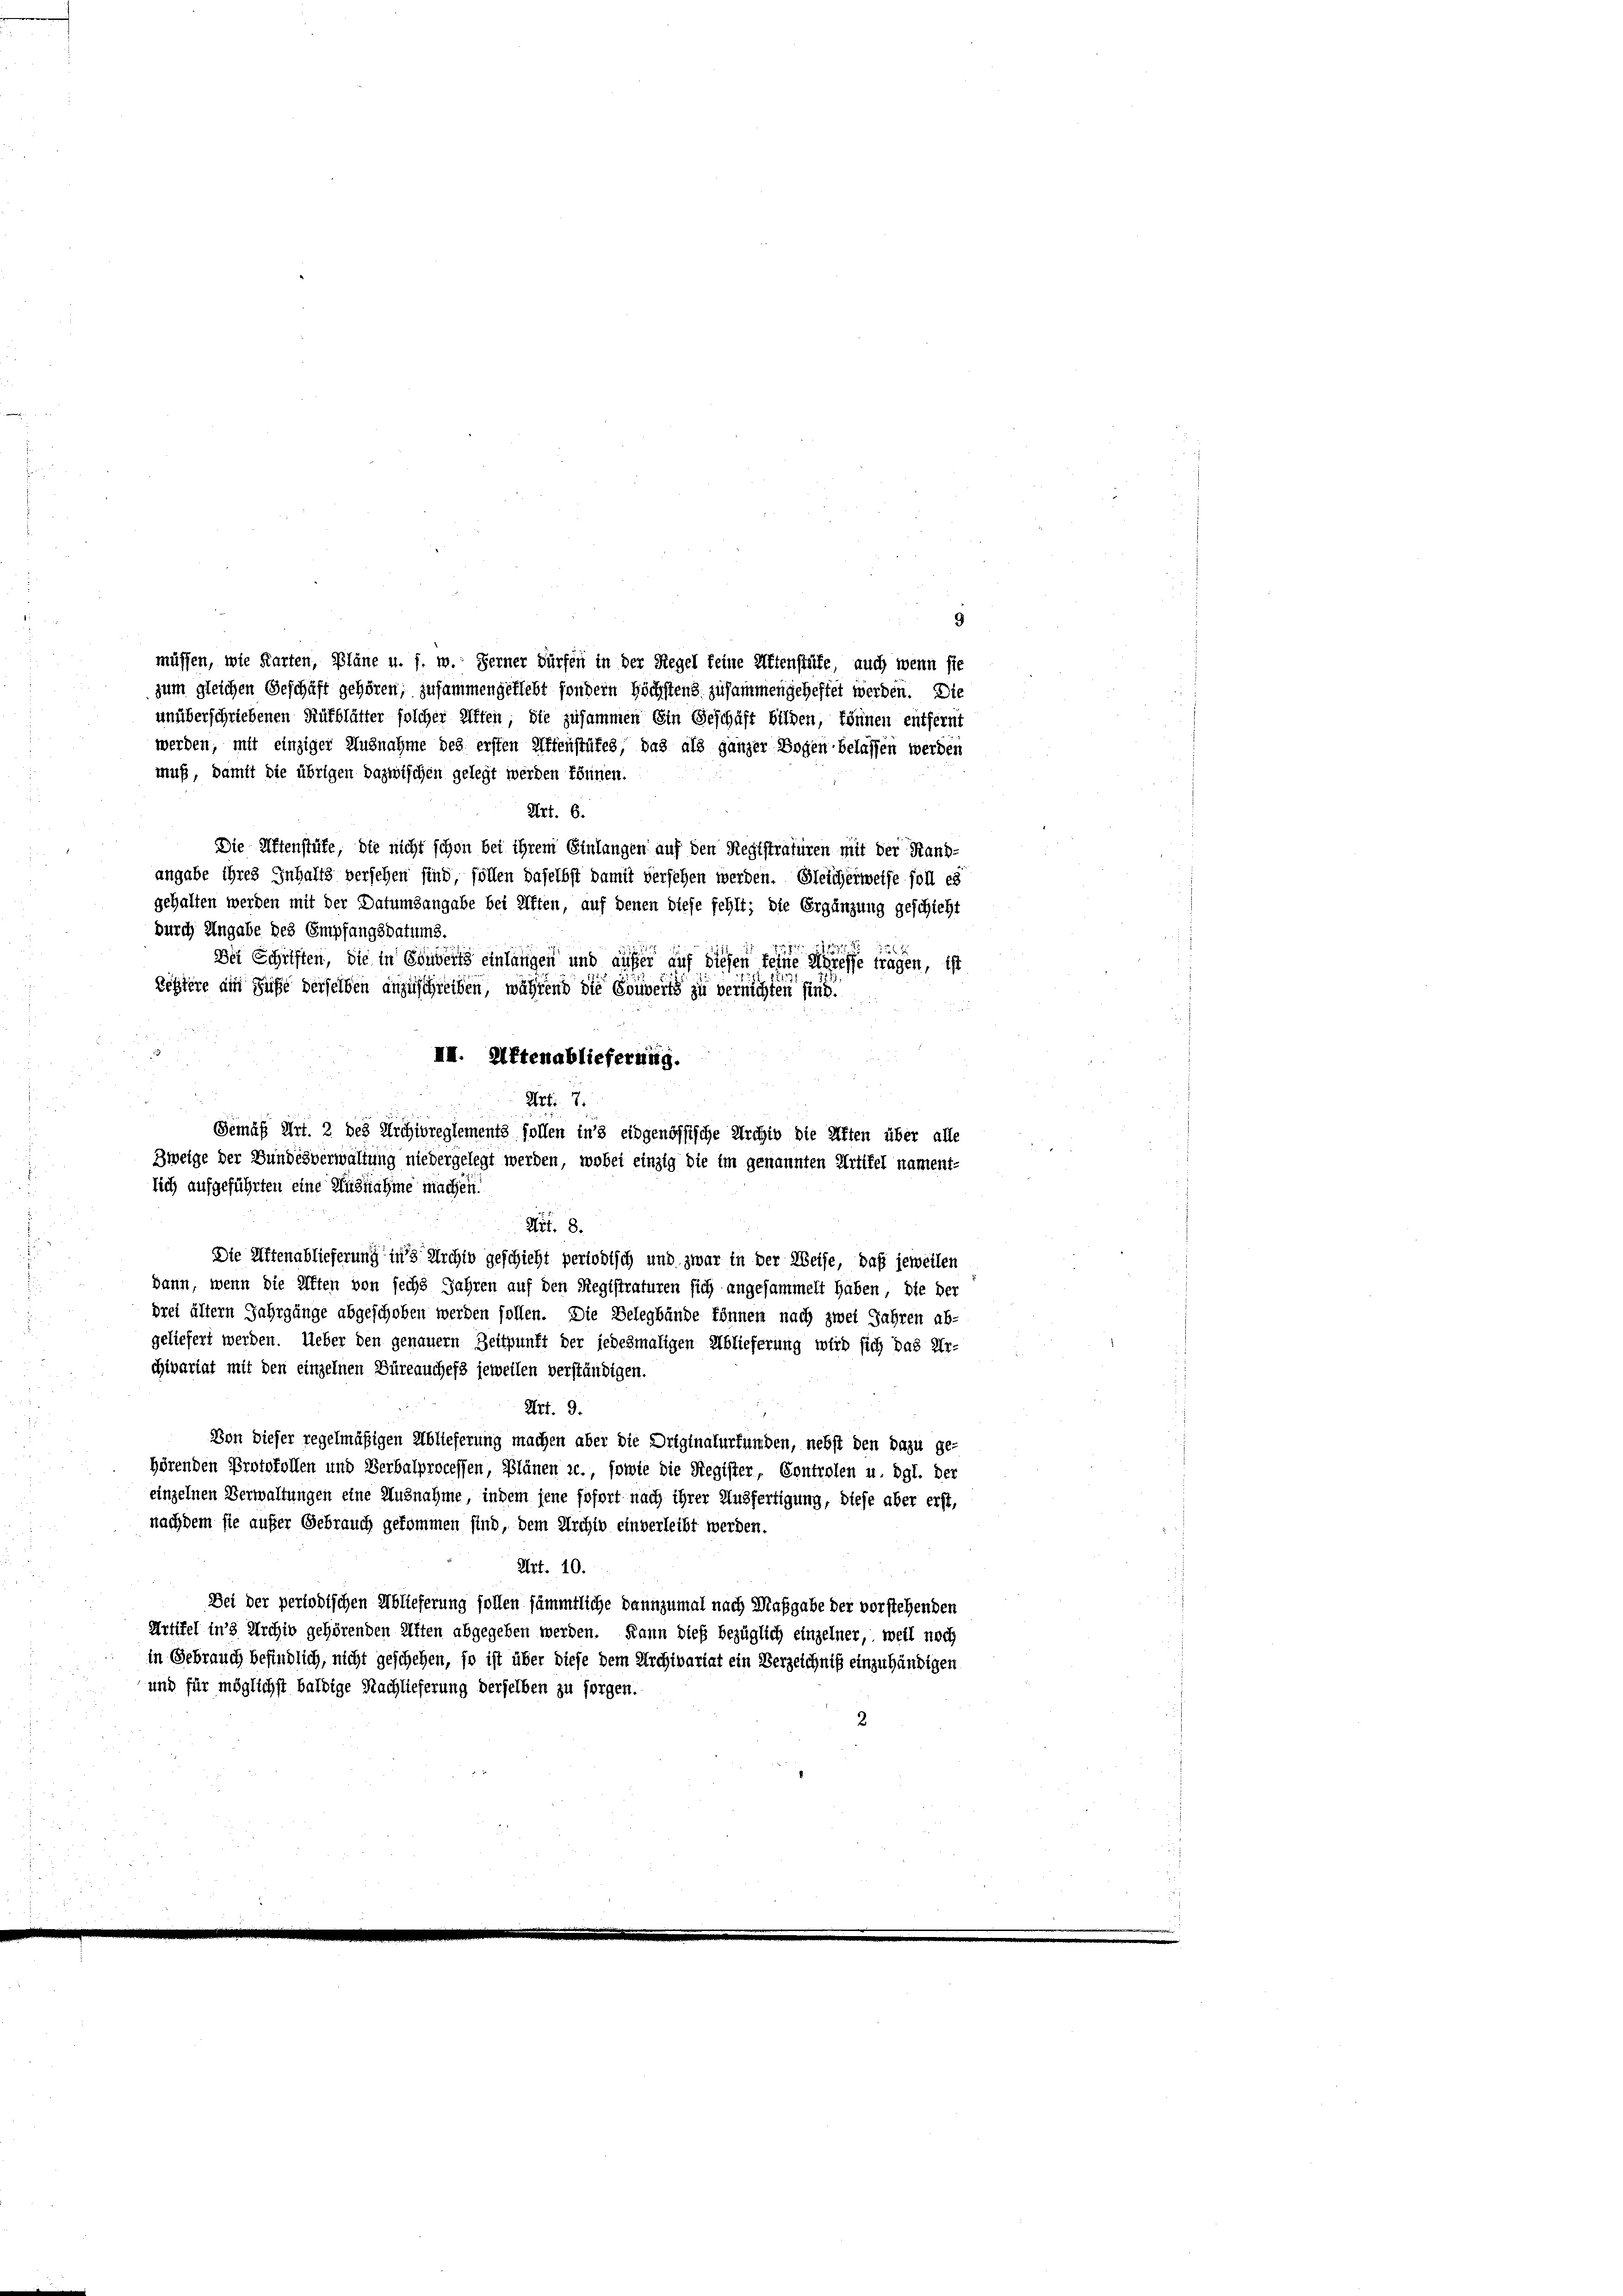
lich aufgeführten eine Ausnahme machen.

müssen, wie Karten, Pläne u. s. w. Ferner Dürfen in der Regel feine Affenstüte, auch wenn sie
zum gleichen Geschäft gehören; zusammengeflebt sondern Höchstens zusammengeheftet werden. Die
unüberschriebenen Rüfblätter solcher Affen, die zusammen Ein Geschäft bilden, können entfernt
werden, mit einziger Ausnahme des ersten Affenstükes, das als ganzer Bogen belassen werden
muß, damit die übrigen Dazwischen gelegt werden können.
Art. 6.
Die Affenstüte, die nicht schon bei ihrem Einlangen auf den Registraturen mit der Hand-
angabe ihres Inhalts versehen sind, sollen daselbst damit versehen werden. Gleicherweise soll es
gehalten werden mit der Datumsangabe bei Aften, auf denen diese fehlt; die Ergänzung geschieht
durch Angabe des Empfangsdatums.
6
Dei Schriften, die in Einwert einlangen und aufer auf diesen keine Adresse tragen, ist
Leztere ain Hufe derselben anzuschreiben, während die Souverts zu vernichten sind.
III. Altenablieferung.
Art. 7.
Gemäß Art. 2 des Archivreglements sollen in’s eidgenössische Archiv die Alten über alle
Zweige der Bundesverwaltung niedergelegt werden, wobei einzig die im genannten Artikel nament-
Art. 8.
Die Altenablieferung ins Archiv geschieht periodisch und zwar in der Weise, daß jeweilen
dann, wenn die Aften von sechs Jahren auf den Registraturen sich angesammelt haben, die der
drei ältern Jahrgänge abgeschoben werden sollen. Die Belegbände können nach zwei Jahren ab-
geliefert werden. Ueber den genauern Zeitpunft der jedesmaligen Ablieferung wird sich das Ur-
chivariat mit den einzelnen Büreauches jeweilen verständigen.
Art. 9.
Von Dieser regelmäßigen Ablieferung machen aber die Originalurfunden, nebst den dazu ge-
hörenden Protokollen und Verbalprocessen, Plänen ic., sowie die Register, Controlen u. dgl. Der
einzelnen Verwaltungen eine Ausnahme, indem jene sofort nach ihrer Ausfertigung, diese aber erst,
nachdem sie außer Gebrauch gekommen sind, dem Archiv einverleibt werden.
Art. 10.
Dei der periodischen Ablieferung sollen sämmtliche dannzumal nach Maßgabe der vorstehenden
Artikel in 3 Archiv gehörenden Aften abgegeben werden. Dann dieß bezüglich einzelner, weil noch
in Gebrauch befindlich, nicht geschehen, so ist über diese dem Archivariat ein Verzeichniß einzuhändigen
und für möglichst baldige Nachlieferung derselben zu forgen.

9